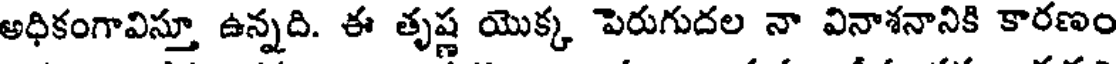
అధికంగావిస్తూ ఉన్నది. ఈ తృష్ణ యొక్క పెరుగుదల నా వినాశనానికి కారణం